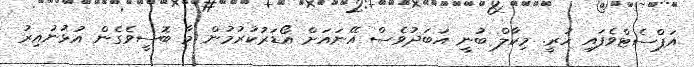
އަޕްސެޓްވެފައި ހުރީ. މިކާލް ބުނީ އަބަދުވެސް އޭނައަށް އޯޑަރުކުރުމުން މާ ބޮސީވެގެން އުޅުނުއިރު